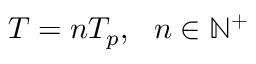
T = n T _ { p } , \ \ n \in \mathbb { N } ^ { + }